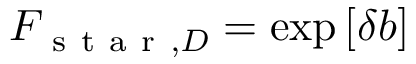
F _ { \mathrm { ~ s ~ t ~ a ~ r ~ } , D } = \exp \left[ \delta b \right]